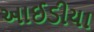
આઈડીયા